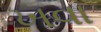
ખવા